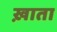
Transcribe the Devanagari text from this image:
ख़ाता